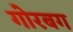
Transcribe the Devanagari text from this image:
गोरबग